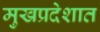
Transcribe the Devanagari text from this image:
मुखप्रदेशात